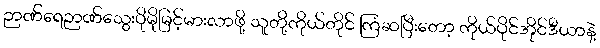
ဉာဏ်ရေဉာဏ်သွေးပိုမိုမြင့်မားလာဖို့ သူတို့ကိုယ်တိုင် ကြံဆပြီးတော့ ကိုယ်ပိုင်အိုင်ဒီယာနဲ့